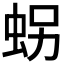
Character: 𧊅